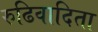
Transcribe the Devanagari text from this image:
रुढिवादिता